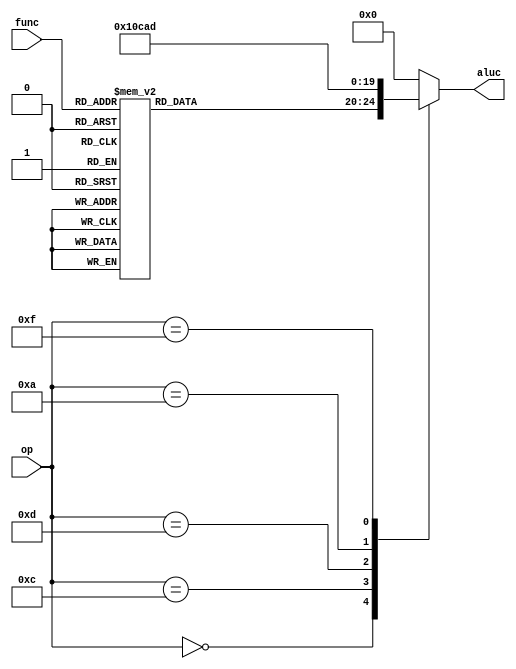
module alt_ctl_1(op,func,aluc
    );
	input [5:0] op,func;
	output reg [4:0] aluc;
	always @* 
	begin
		case(op)
			6'b000000 : begin 
				case(func)
					6'b100000 : aluc =  0;	
					6'b100010 : aluc =  1;	
					6'b100100 : aluc =  2;	
					6'b100101 : aluc =  3;	
					6'b100110 : aluc =  4;	
					6'b101010 : aluc =  5;	
					6'b000000 : aluc =  6;	
					6'b000100 : aluc =  7;	
					6'b000011 : aluc =  8;	
					6'b000111 : aluc =  9;	
					6'b000010 : aluc = 10;	
					6'b000110 : aluc = 11;	
					6'b000001 : aluc = 12;	
					6'b000010 : aluc = 13;	
					6'b100111 : aluc = 14; 
					default   : aluc =  0;
				endcase
			end 
			6'b001000 : aluc =  0;	
			6'b001100 : aluc =  2;	
			6'b001101 : aluc =  3;	
			6'b001010 : aluc =  5;	
			6'b001111 : aluc =  13;
			default : aluc = 0;
		endcase
	end
endmodule